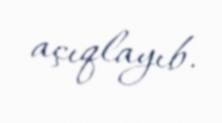
açıqlayıb.